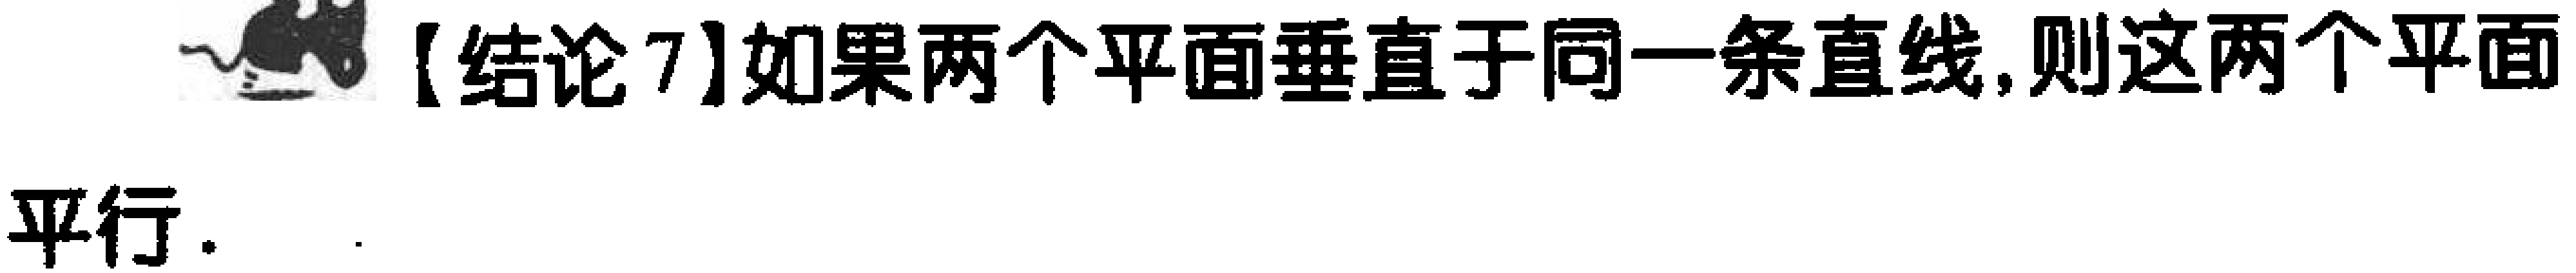
【结论7】如果两个平面垂直于同一条直线,则这两个平面平行.